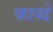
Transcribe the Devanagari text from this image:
फाय्दे